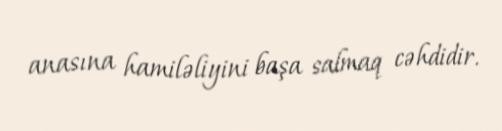
anasına hamiləliyini başa salmaq cəhdidir.